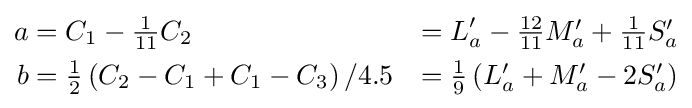
{\begin{aligned}a&=C_{1}-\textstyle {\frac {1}{11}}C_{2}&=L_{a}^{\prime }-\textstyle {\frac {12}{11}}M_{a}^{\prime }+\textstyle {\frac {1}{11}}S_{a}^{\prime }\\b&=\textstyle {\frac {1}{2}}\left(C_{2}-C_{1}+C_{1}-C_{3}\right)/4.5&=\textstyle {\frac {1}{9}}\left(L_{a}^{\prime }+M_{a}^{\prime }-2S_{a}^{\prime }\right)\end{aligned}}